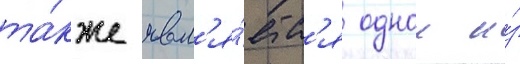
та́кже явл'я́етс'я однои и́з